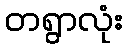
တရွာလုံး